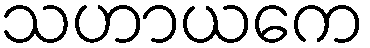
သဟာယကေ